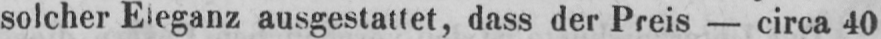
solcher Eleganz ausgestaltet, dass der Preis - circa 40